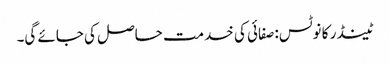
ٹینڈر کا نوٹس: صفائی کی خدمت حاصل کی جائے گی۔